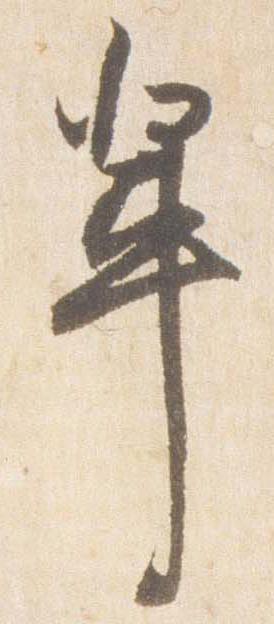
輩